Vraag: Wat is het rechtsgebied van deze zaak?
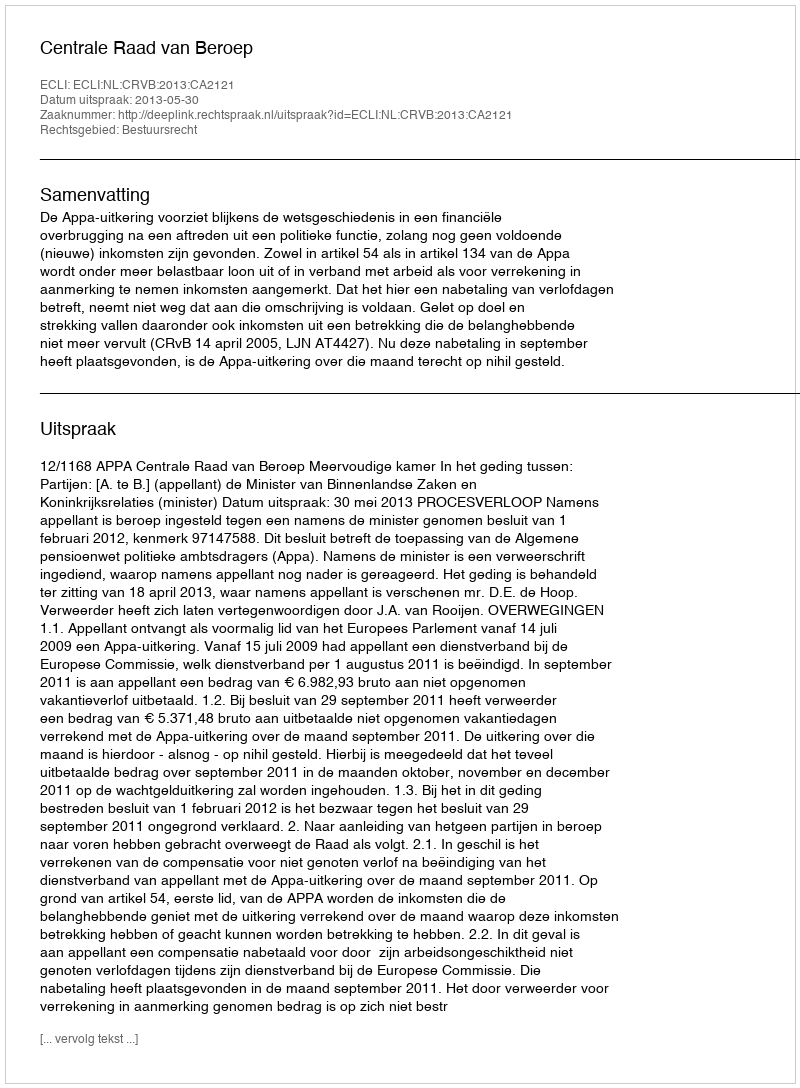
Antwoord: Bestuursrecht